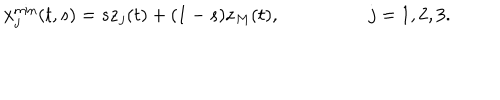
{ \bf x } _ { j } ^ { \mathrm { m i n } } ( t , s ) = s { \bf z } _ { j } ( t ) + ( 1 - s ) { \bf z } _ { M } ( t ) , \ \ \ \qquad \qquad j = 1 , 2 , 3 .